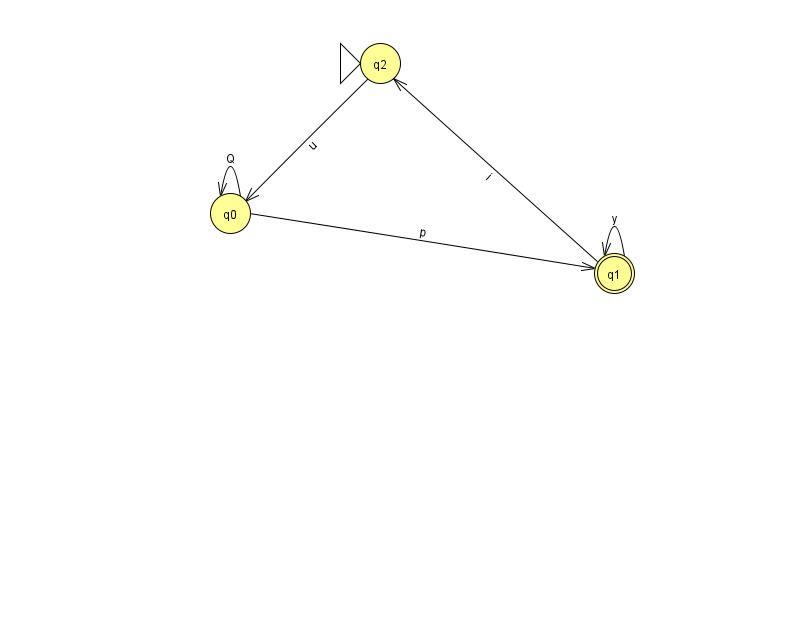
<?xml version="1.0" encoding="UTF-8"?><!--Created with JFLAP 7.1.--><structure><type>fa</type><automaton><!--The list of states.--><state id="0" name="q0"><x>230.0</x><y>200.0</y></state><state id="1" name="q1"><x>614.0</x><y>260.0</y><final/></state><state id="2" name="q2"><x>380.0</x><y>50.0</y><initial/></state><!--The list of transitions.--><transition><from>0</from><to>0</to><read>Q</read></transition><transition><from>1</from><to>2</to><read>i</read></transition><transition><from>0</from><to>1</to><read>p</read></transition><transition><from>1</from><to>1</to><read>y</read></transition><transition><from>2</from><to>0</to><read>u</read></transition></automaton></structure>